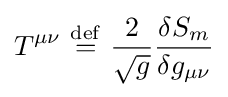
T^{\mu \nu }\ {\stackrel {\mathrm {def} }{=}}\ {2 \over {\sqrt {g}}}{\delta S_{m} \over \delta g_{\mu \nu }}